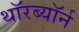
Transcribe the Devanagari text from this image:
थॉरब्यॉर्न